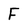
Character: F